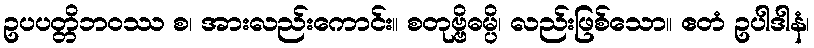
ဥပပတ္တိဘဝဿ စ၊ အားလည်းကောင်း။ စတုဗ္ဗိဓမ္ပိ၊ လည်းဖြစ်သော။ ဧတံ ဥပါဒါနံ၊